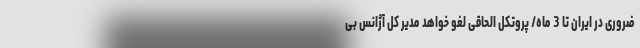
ضروری در ایران تا 3 ماه/ پروتکل الحاقی لغو خواهد مدیر کل آژانس بی